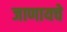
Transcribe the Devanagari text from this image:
जाणायचे